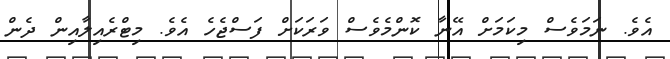
އެވެ. ނަމަވެސް މިކަމަށް އޭނާ ކޮންމެވެސް ވަރަކަށް ފަސްޖެހެ އެވެ. މިޓްރެެއިލާއިން ދެން